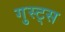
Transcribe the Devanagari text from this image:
गुस्ट्स